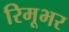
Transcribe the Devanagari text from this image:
रिमूभर